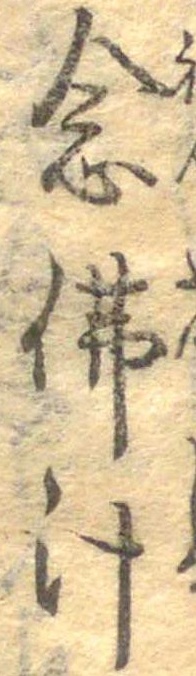
念仏汁